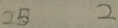
2 5 2